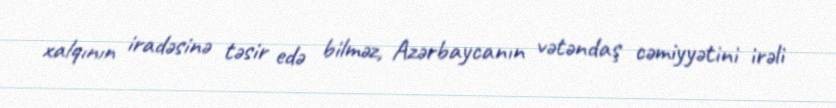
xalqının iradəsinə təsir edə bilməz, Azərbaycanın vətəndaş cəmiyyətini irəli